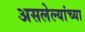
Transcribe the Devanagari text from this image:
असलेल्यांच्या